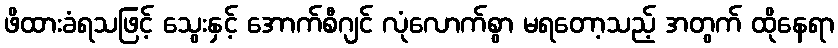
ဖိထားခံရသဖြင့် သွေးနှင့် အောက်စီဂျင် လုံလောက်စွာ မရတော့သည့် အတွက် ထိုနေရာ